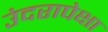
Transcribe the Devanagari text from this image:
उंदरापेक्षा